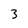
Character: 3